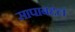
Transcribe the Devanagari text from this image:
सापाबद्दल